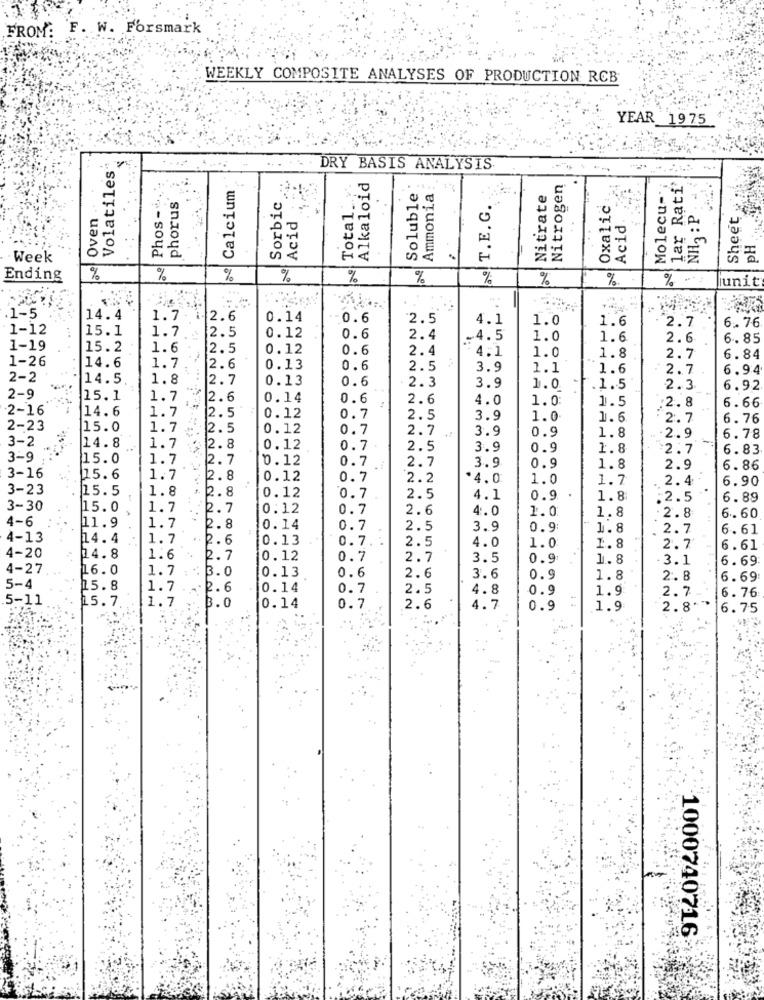
FROM: F. W. Forsmark
WEEKLY COMPOSITE ANALYSES OF PRODUCTION RCB
YEAR 19 75
Volatiles
DRY BASIS ANALYSIS
Calcium
Total v.
Alkaloid
Nitrogen
Molecu --
lar Rati'
Phos -...
Soluble
Ammonia
Nitrate
Sheet
phorus
Sorbic
T. E. G.
Oxalic
Oven
Acid
NH3 : P
Acid
pH
Week
Ending
%
%
%
%
%
%
unit
.1-5
14.4
1.7
2.6
0.14
0.6
2.5
4.1
1.0
1.6
2.7
1-12
15.1
PPPPPPPPP
1.7
2.5
6. 76
0.12
0.6
2.4
.4.5
1.0
1.6
2.6
6.85
1-19
15.2
1.6
2.5
0.12
0.6
2.4
:4.1
1.0
1-26
1.8
2.7
6.84
14.6
1.7
2.6
0.13
0.6
2.5
3.9
1.1
1.6
2.7
6.94
2-2
14.5
1.8
2.7
0.13
0.6
2.3
3.9
1.0
.1.5
2.3
6.92
2-9
15.1
1.7
2.6
0.14
0.6
2.6
4.0
1.0
1.5
6.66
2-16
14.6
1.7
:2.8
2.5
0.12
0.7
2.5
3.9
1.0
1.6
2.7
6.76
2-23
15.0
1.7
2.5
0.12
0.7
2.7
3.9
0.9
3-2
1.8
2.9
6.78
14.8
1.7
2.8
0.12
0.7
2.5
3.9
0.9
1.8
2.7
6.83
3-9
15.0
1.7
2.7
0.12
0.7
2.7
3.9
3-16
0.9
1.8
2.9
6.86
15.6
1.7
2.8
0.12
0.7
2.2
*4.0
1.0
1.7
2.4
6.90
3-23
15.5
1.8
2.8
0.12
0.7
2.5
4.1
0.9
1.8
.2.5
6.89
3-30
15.0
1.7
2.7
0.12
0.7
2.6
4.0
1.0
4-6
1.8
2.8
6.60
11.9
1.7
2.8
0.14
0.7
2.5
3.9
0.9:
1.8
2.7
6. 61
4-13
14.4
1.7
2.6
0.13
2.5
0.7.
4.0
1.0
1.8
2.7
6.61
4-20
14.8
1.6
2.7
0.12
0.7
2.7
3.5
0.9
1.8
3.1
6.69
4-27
16.0
1.7
:3.0
0.13
0.6
2.6
3.6
0.9
1.8
2. 8
6.69
5-4
25.8
1.7
. 2.6
0.14
0.7
2.5
4.8
0.9
1.9
2.7
6.76
5-11
15.7
1.7
B.0
0.14
0.7
2.6
4.7
0.9
1.9
2.8
6.75
1000740716